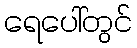
ရေပေါ်တွင်